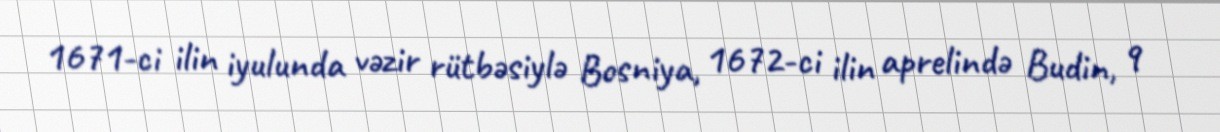
1671-ci ilin iyulunda vəzir rütbəsiylə Bosniya, 1672-ci ilin aprelində Budin, 9